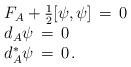
LaTeX: \begin{align*}\begin{array}{l}F_A +\frac{1}{2}[\psi,\psi]\,=\, 0\\d_A\psi\,=\,0 \\d_A^\ast\psi\,=\,0\, .\end{array}\end{align*}